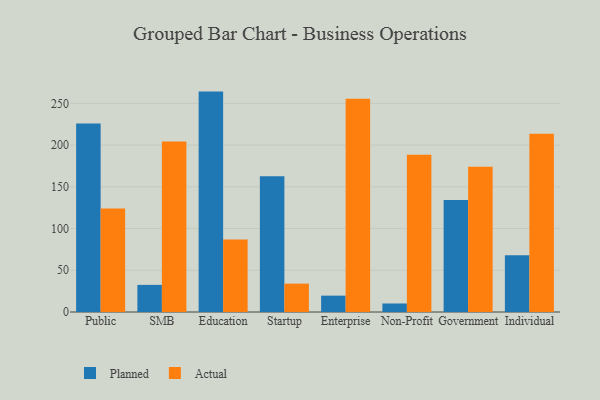
{"axis": {"x": "Segment", "y": "Latency (ms)"}, "legend": ["Actual", "Planned"], "data": [{"x": "Public", "y": 226.0, "type": "Planned"}, {"x": "Public", "y": 124.1, "type": "Actual"}, {"x": "SMB", "y": 32.5, "type": "Planned"}, {"x": "SMB", "y": 204.3, "type": "Actual"}, {"x": "Education", "y": 264.1, "type": "Planned"}, {"x": "Education", "y": 86.8, "type": "Actual"}, {"x": "Startup", "y": 162.8, "type": "Planned"}, {"x": "Startup", "y": 34.0, "type": "Actual"}, {"x": "Enterprise", "y": 19.6, "type": "Planned"}, {"x": "Enterprise", "y": 255.4, "type": "Actual"}, {"x": "Non-Profit", "y": 10.2, "type": "Planned"}, {"x": "Non-Profit", "y": 188.5, "type": "Actual"}, {"x": "Government", "y": 134.3, "type": "Planned"}, {"x": "Government", "y": 174.0, "type": "Actual"}, {"x": "Individual", "y": 68.1, "type": "Planned"}, {"x": "Individual", "y": 213.5, "type": "Actual"}]}